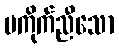
မကိုက်ညီသော